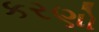
કરણો